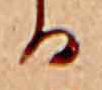
る